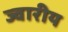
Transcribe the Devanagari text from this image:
ज्‍वारीय